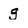
Character: g